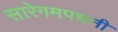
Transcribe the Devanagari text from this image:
सारेगमपधनी